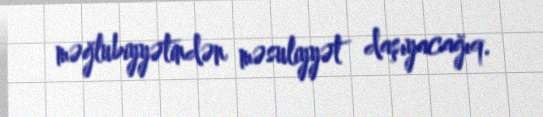
məğlubiyyətindən məsuliyyət daşıyacağıq.